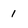
Character: 1